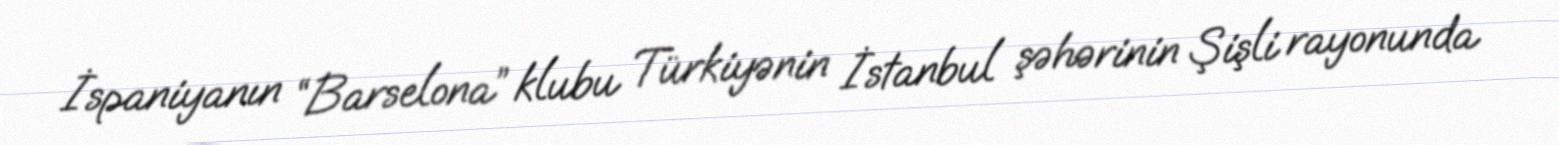
İspaniyanın “Barselona” klubu Türkiyənin İstanbul şəhərinin Şişli rayonunda